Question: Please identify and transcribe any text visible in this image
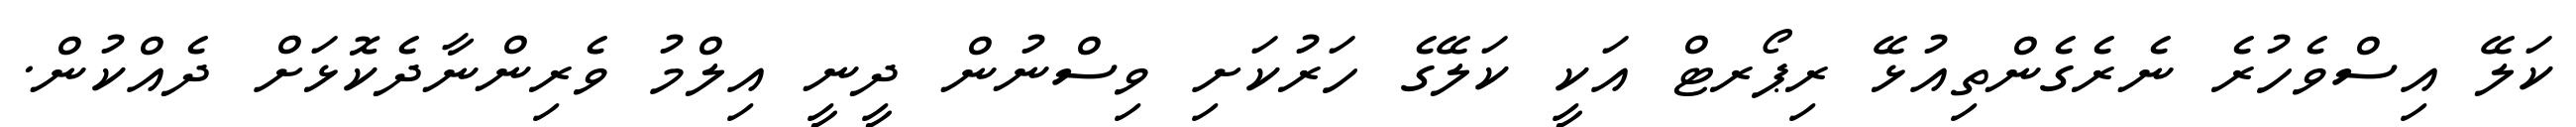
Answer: ކަލޭ އިސްވެހުރެ ނެރެގެންތިއުޅޭ ރިޕޯރޓް އަކީ ކަލޭގެ ހަރުކަށި ވިސްނުން ދީނީ އިލްމު ވެރިންނާދެކޮޅަށް ދެއްކުން.